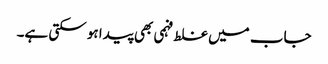
جاب میں غلط فہمی بھی پیدا ہو سکتی ہے۔